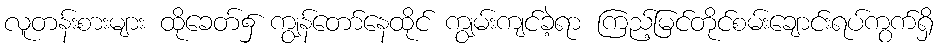
လူတန်းစားများ ထိုခေတ်၌ ကျွန်တော်နေထိုင် ကျွမ်းကျင်ခဲ့ရာ ကြည့်မြင်တိုင်စမ်းချောင်းရပ်ကွက်ရှိ